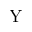
\mathrm { Y }